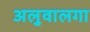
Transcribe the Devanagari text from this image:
अलुवालगा